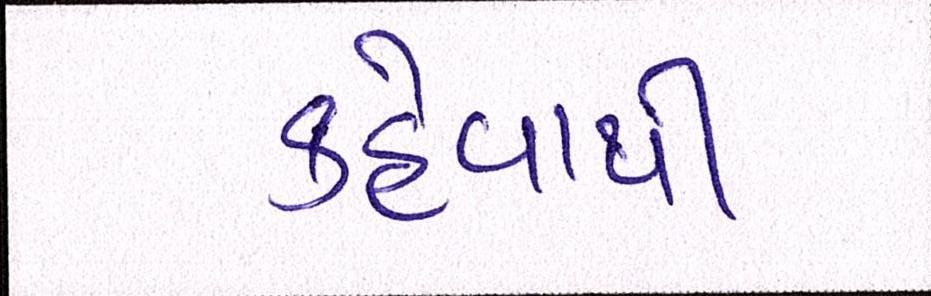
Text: કહેવાથી